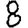
Digit: 8